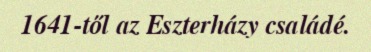
1641-től az Eszterházy családé.